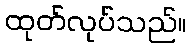
ထုတ်လုပ်သည်။